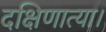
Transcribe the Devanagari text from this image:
दक्षिणात्या।